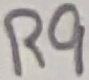
Text: R9